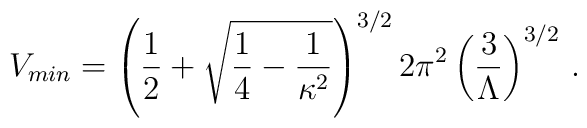
V_{min}= \left({1\over 2}+\sqrt{{1\over 4}-{1\over\kappa^2}}\right)^{3/2}2\pi^2 \left({3\over\Lambda}\right)^{3/2} \,.